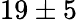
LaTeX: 19\pm 5